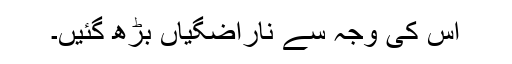
اس کی وجہ سے ناراضگیاں بڑھ گئیں۔